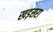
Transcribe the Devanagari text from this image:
खड़सरा